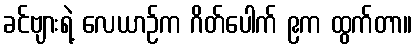
ခင်ဗျားရဲ့ လေယာဉ်က ဂိတ်ပေါက် ၉က ထွက်တာ။